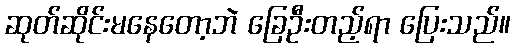
ဆုတ်ဆိုင်းမနေတော့ဘဲ ခြေဦးတည့်ရာ ပြေးသည်။